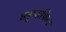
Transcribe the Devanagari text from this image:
ब्लूम्सफिल्ड